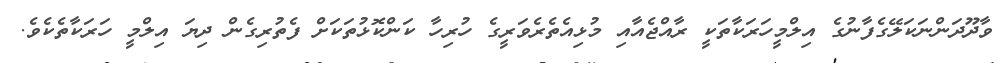
ވާދޫދަންނަކަލޭގެފާނުގެ އިލްމީހަރަކާތަކީ ރާއްޖެއާއި މުޅިއެތެރެވަރީގެ ހުރިހާ ކަންކޮޅުތަކަށް ފެތުރިގެން ދިޔަ އިލްމީ ހަރަކާތެކެވެ.